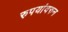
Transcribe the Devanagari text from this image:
रुपयांवरुन